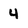
Character: 4